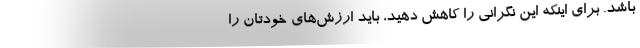
باشد. برای اینکه این نگرانی را کاهش دهید، باید ارزش‌های خودتان را